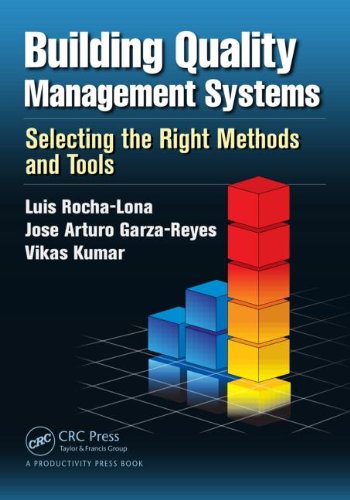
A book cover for Building Quality Management Systems: Selecting the Right Methods and Tools; Luis Rocha-Lona; Business & Money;